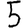
Digit: 5